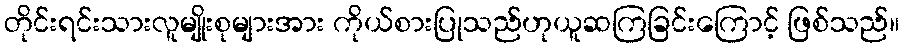
တိုင်းရင်းသားလူမျိုးစုများအား ကိုယ်စားပြုသည်ဟုယူဆကြခြင်းကြောင့် ဖြစ်သည်။